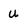
Character: u